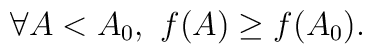
\forall A < A_0, \,\,  f(A) \geq f(A_0).